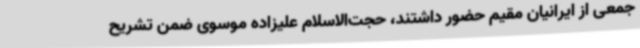
جمعی از ایرانیان مقیم حضور داشتند، حجت‌الاسلام علیزاده موسوی ضمن تشریح